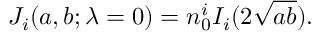
J _ { i } ( a , b ; \lambda = 0 ) = n _ { 0 } ^ { i } I _ { i } ( 2 { \sqrt { a b } } ) .